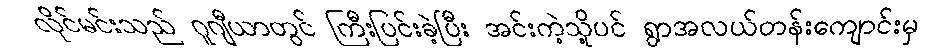
လိုင်မင်းသည် ဂူဂျီယာတွင် ကြီးပြင်းခဲ့ပြီး အင်းကဲ့သို့ပင် ရွာအလယ်တန်းကျောင်းမှ